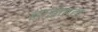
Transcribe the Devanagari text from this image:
हार्डमन